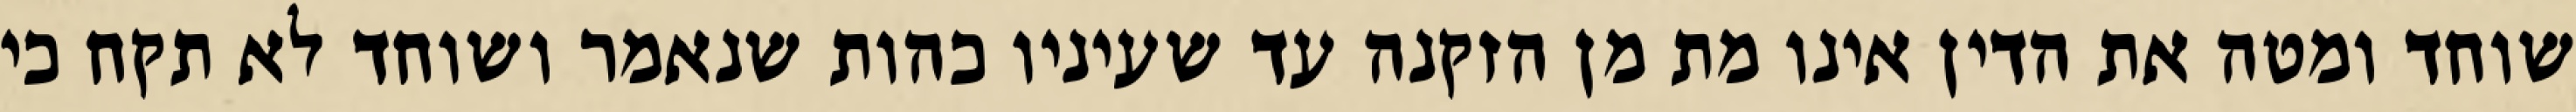
שוחד ומטה את הדין אינו מת מן הזקנה עד שעיניו כהות שנאמר ושוחד לא תקח כי